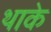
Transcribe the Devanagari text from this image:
थाके